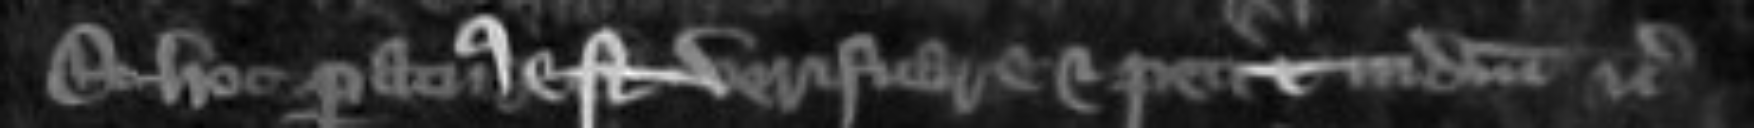
Et hoc paratus est verificare et petit judicium etc